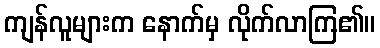
ကျန်လူများက နောက်မှ လိုက်လာကြ၏။